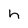
Character: h